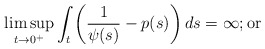
\begin{align*} \limsup_{t\to 0^+} \int_t \left( \frac{1}{\psi(s)} -p(s)\right)ds=\infty; \mbox{or}\end{align*}